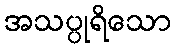
အသပ္ပုရိသော